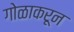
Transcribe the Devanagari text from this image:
गोळाकरून